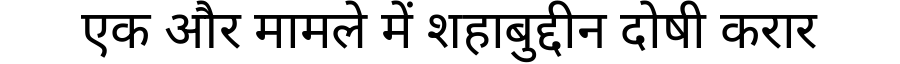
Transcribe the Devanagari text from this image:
एक और मामले में शहाबुद्दीन दोषी करार